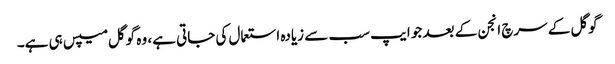
گوگل کے سرچ انجن کے بعد جو ایپ سب سے زیادہ استعمال کی جاتی ہے، وہ گوگل میپس ہی ہے۔